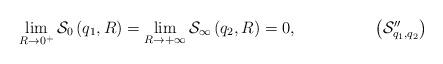
LaTeX: \begin{align*}\lim_{R\rightarrow 0^{+}}\mathcal{S}_{0}\left( q_{1},R\right)=\lim_{R\rightarrow +\infty }\mathcal{S}_{\infty }\left( q_{2},R\right) =0, \tag*{$\left({\cal S}_{q_{1},q_{2}}^{\prime \prime }\right) $}\end{align*}